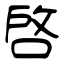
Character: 啓